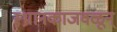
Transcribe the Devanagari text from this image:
स्थानकाजवळून्